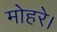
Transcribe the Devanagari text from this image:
मोहरे।